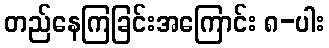
တည်နေကြခြင်းအကြောင်း ၈-ပါး